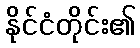
နိုင်ငံတိုင်း၏